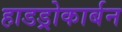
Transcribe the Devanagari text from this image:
हाडड्रोकार्बन